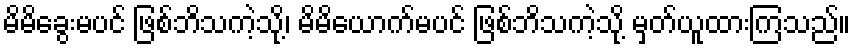
မိမိခွေးမပင် ဖြစ်ဘိသကဲ့သို့၊ မိမိယောက်မပင် ဖြစ်ဘိသကဲ့သို့ မှတ်ယူထားကြသည်။